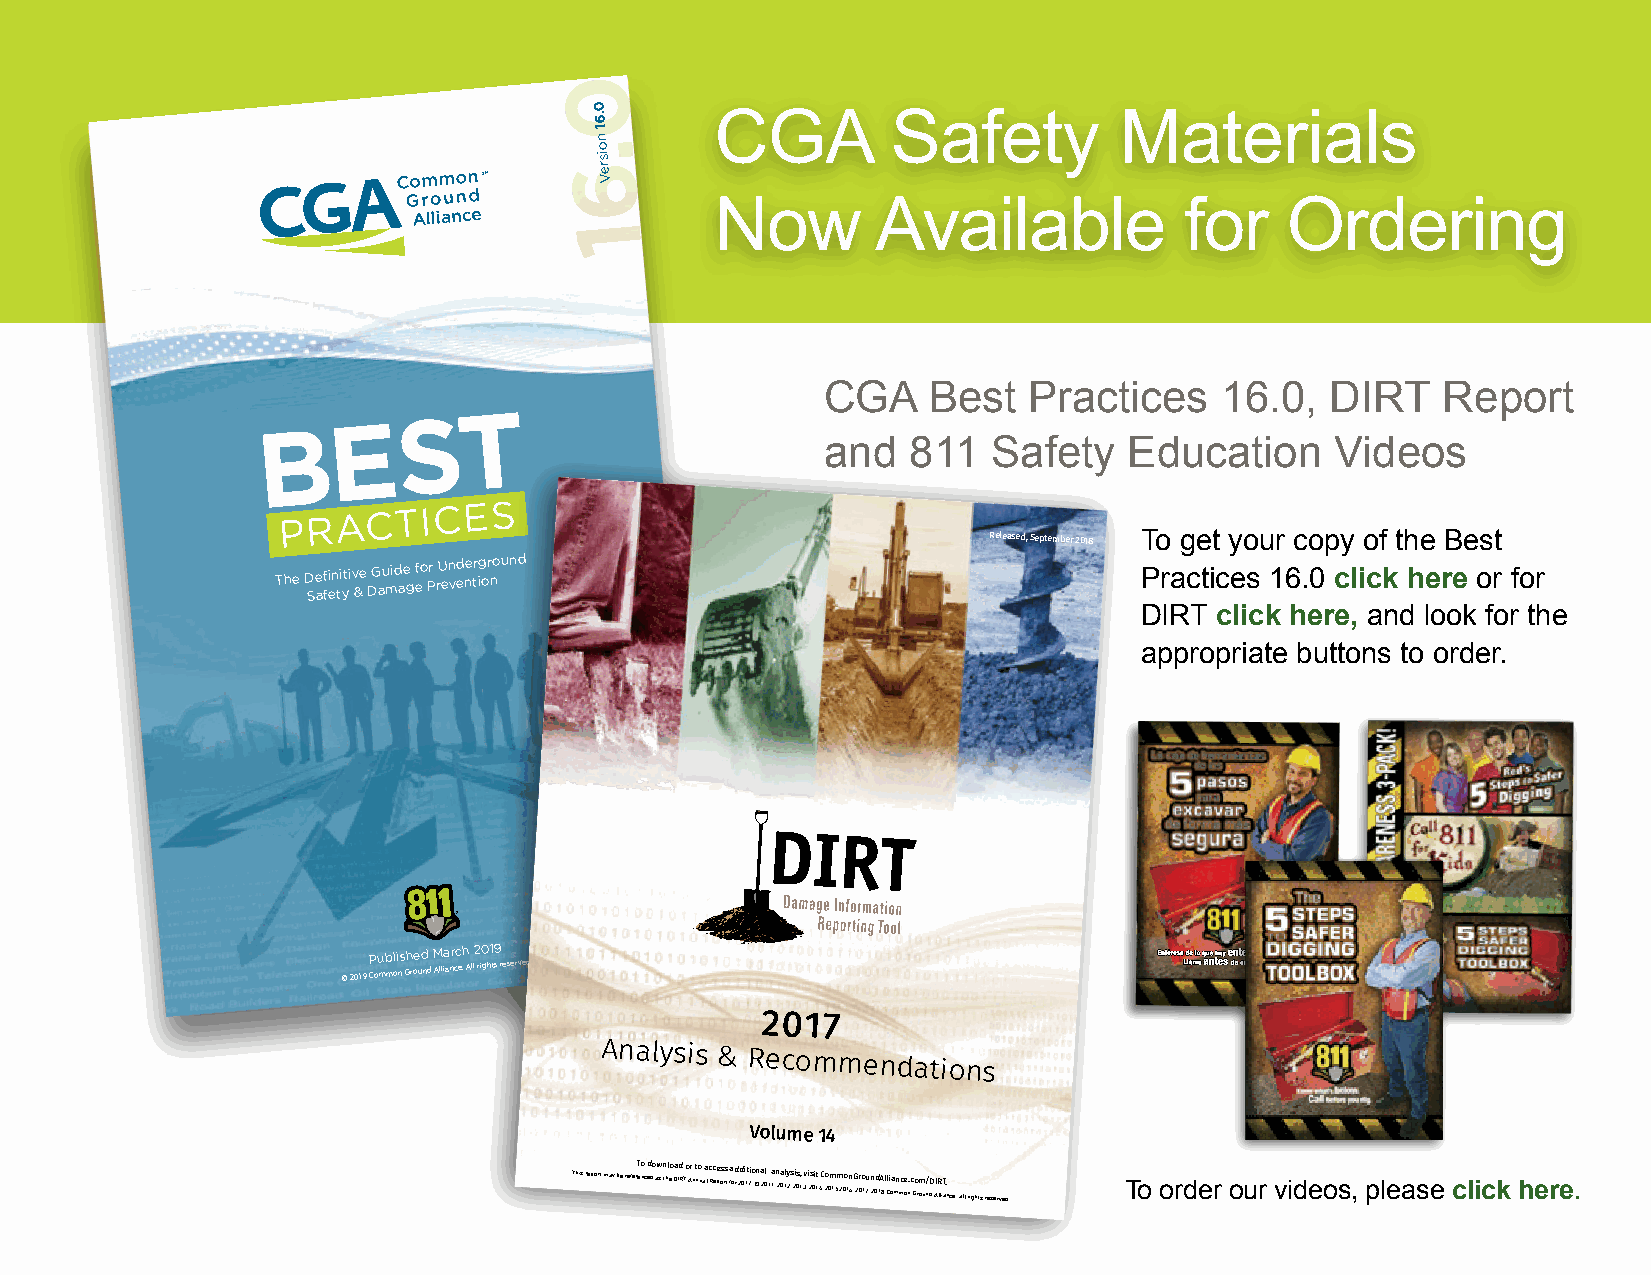
0
 .6      CGA         Safety         Materials
 1
 n
 o
 is
 SM
 re
 V
 Now        Available           for    Ordering
 CGA   Best   Practices    16.0,  DIRT   Report
 BE
 ST
 and  811   Safety   Education    Videos
 PRACTICES
 Released, September 2018 To get your copy of the Best
 The D Se af fi en ti yti v &e
 D
 G au mid ae
 g
 f eo Pr rU en ved ne tr ig or nound             Practices 16.0 click here or for
 DIRT click here, and look for the
 appropriate buttons to order.
 © 2019 P Cou mb ml oi ns Gh roe ud nd M Alla ianr cc eh . A ll2 ri0 gh1 t9 s reserved
 2017             back   spine PleasOe uintecrlu cWdreoo pr3l sdm sMmhoe bwdlei a me Gdin roio mnu u pam n– y a DictVecemD p sW t apbrra lienp t belde etod .edge. front
 Analysis
 & Recommendations
 Volume 14
 This report may be referT eo nc d edo aw s n thl eo Da Id R To Ar n t no u aa l c Rc ee pos rs t fa od r 2d 0i 1t 7io . ©n a 20l 1 a 1,n 2a 01ly 2,s 2is 01, 3v ,i 2s 0it 1 4C , o 20m 15m 20o 1n 6,G 2r 0o 17u , n 20d 1A 8l Cli oa mn mce on.c Go rm ou/ ndD AIR lliT a. nce, all rights reserved. To order our videos, please click here.